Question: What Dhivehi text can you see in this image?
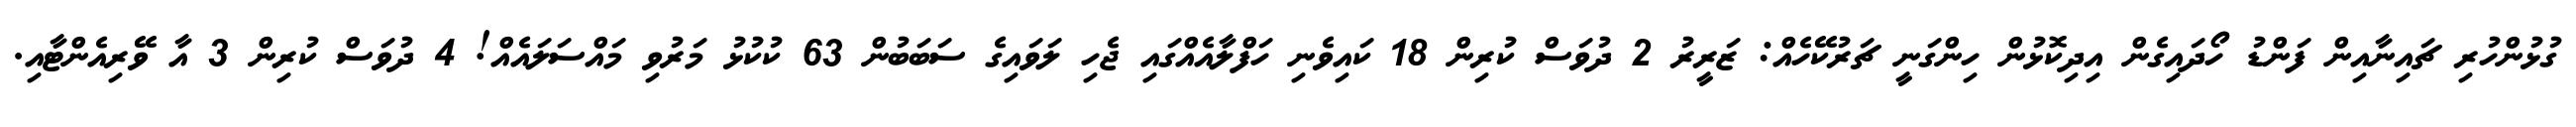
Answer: ގުޅުންހުރި ޗައިނާއިން ފަންޑު ހޯދައިގެން އިދިކޮޅުން ހިންގަނީ ޗަރުކޭހެއް: ޒަރީރު 2 ދުވަސް ކުރިން 18 ކައިވެނި ހަފްލާއެއްގައި ޖެހި ލަވައިގެ ސަބަބުން 63 ކުކުޅު މަރުވި މައްސަލައެއް! 4 ދުވަސް ކުރިން 3 އާ ވޭރިއެންޓާއި.